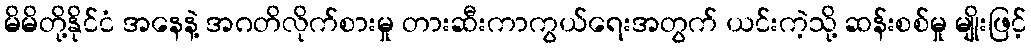
မိမိတို့နိုင်ငံ အနေနဲ့ အဂတိလိုက်စားမှု တားဆီးကာကွယ်ရေးအတွက် ယင်းကဲ့သို့ ဆန်းစစ်မှု မျိုးဖြင့်